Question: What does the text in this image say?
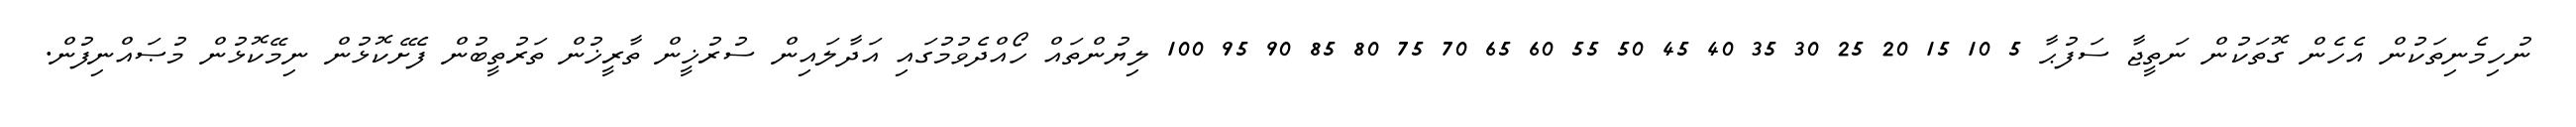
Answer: ނުހިމެނިތަކުން އެހެން ގޮތަކުން ނަތީޖާ ސަފުޙާ 5 10 15 20 25 30 35 40 45 50 55 60 65 70 75 80 85 90 95 100 ލިޔުންތައް ހޯއްދެވުމުގައި އަދާލައިން ސުރުޚީން ތާރީޚުން ތަރުތީބުން ފެށޭކޮޅުން ނިމޭކޮޅުން މުޞައްނިފުން.